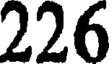
226